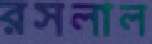
রসলাল